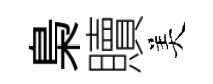
梟贖美